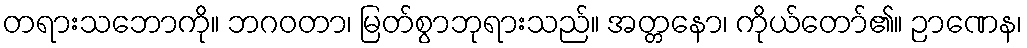
တရားသဘောကို။ ဘဂဝတာ၊ မြတ်စွာဘုရားသည်။ အတ္တနော၊ ကိုယ်တော်၏။ ဉာဏေန၊